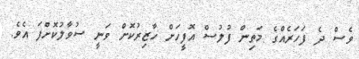
ވެސް ދެ ފަހަރެއްގެ މަތިން ފުލުސް އޮފީހަށް ހާޒިރުކޮށް ވަނީ ސުވާލުކޮށްފަ އެވެ.